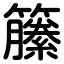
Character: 籘